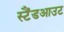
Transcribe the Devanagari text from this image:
स्टैंडआउट